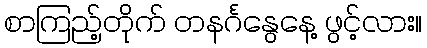
စာကြည့်တိုက် တနင်္ဂနွေနေ့ ဖွင့်လား။